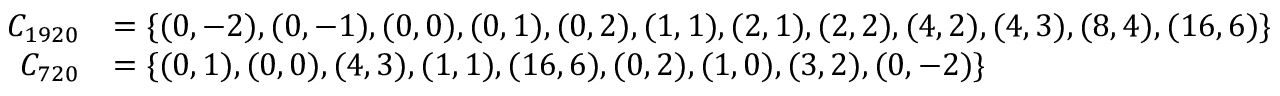
\begin{array} { r l } { C _ { 1 9 2 0 } } & { = \{ ( 0 , - 2 ) , ( 0 , - 1 ) , ( 0 , 0 ) , ( 0 , 1 ) , ( 0 , 2 ) , ( 1 , 1 ) , ( 2 , 1 ) , ( 2 , 2 ) , ( 4 , 2 ) , ( 4 , 3 ) , ( 8 , 4 ) , ( 1 6 , 6 ) \} } \\ { C _ { 7 2 0 } } & { = \{ ( 0 , 1 ) , ( 0 , 0 ) , ( 4 , 3 ) , ( 1 , 1 ) , ( 1 6 , 6 ) , ( 0 , 2 ) , ( 1 , 0 ) , ( 3 , 2 ) , ( 0 , - 2 ) \} } \end{array}